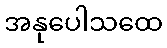
အနုပေါသထေ